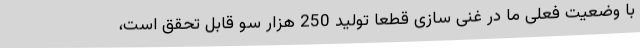
با وضعیت فعلی ما در غنی سازی قطعا تولید 250 هزار سو قابل تحقق است،